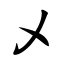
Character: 乄